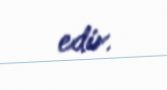
edir.